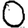
Digit: 0